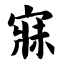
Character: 寐